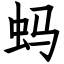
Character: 蚂